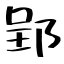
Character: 郢